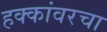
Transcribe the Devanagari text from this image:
हक्कांवरचा